Civil Veterinary Department Bihar & Orissa reports 1911-21 - 1911-1921
Year: 1911
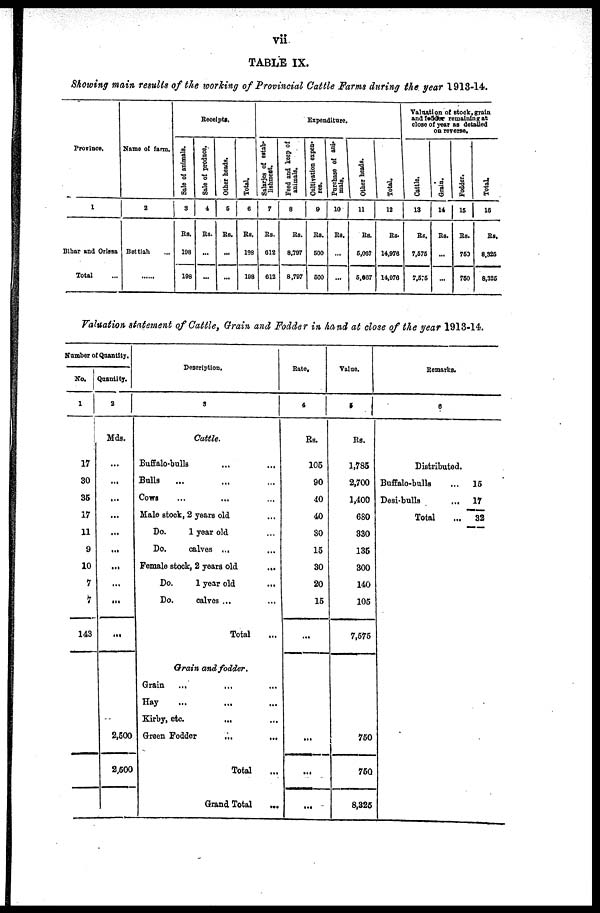
vii
TABLE IX.
Showing main results of the working of Provincial Cattle Farms during the year 1918-14.
Province.
1
Bihar and Orissa
Total ...
Name of farm.
2
Bettiah ...
......
Receipts.
Sale of animals.
3
Rs.
198
198
Sale of produce.
4
Rs.
...
...
Other heads.
5
Rs.
...
...
Total.
6
Rs.
198
198
Expenditure.
Salarjes of estab-
lishment.
7
Rs.
612
012
Feed and keep of
animals.
8
Rs.
8,797
8,797
Cultivation expen-
ses.
9
Rs.
500
600
Purchase of ani-
mals.
10
Rs.
...
...
Other heads.
11
Rs.
5,967
5,967
Total.
12
Rs.
14,976
14,076
Valuation of stock, grain
and fodder remaining at
close of year as detailed
on reverse.
Cattle.
13
Rs.
7,676
7,575
Grain.
14
Rs.
...
...
Fodder.
15
Rs.
750
760
Total.
10
Rs.
8,325
8,325
Valuation statement of Cattle, Grain and Fodder in hand at close of the year 1913-14.
Number of Quantity.
No.
1
17
30
35
17
11
9
10
7
7
143
Quantity.
2
Mds.
...
...
...
...
...
...
...
...
...
...
2,500
2,500
Description,
3
Cattle.
Buffalo-bulls ... ...
Bulls
... ... ...
Cows ... ... ...
Male stock, 2 years old ...
Do.
1 year old ...
Do.
calves ... ...
Female stock, 2 years old
...
Do.
1 year old ...
Do.
calves ... ...
Total ...
Grain and fodder.
Grain ... ... ...
Hay ... ... ...
Kirby, etc. ... ...
Green Fodder ... ...
Total ...
Grand Total ...
Rate.
4
Rs.
105
90
40
40
90
15
30
20
15
...
...
...
...
Value.
5
Rs.
1,785
2,700
1,400
680
330
135
300
140
105
7,575
750
750
8,325
Remarks.
6
Distributed.
Buffalo-bulls
...
15
Desi-bulls
... 17
Total
...
32